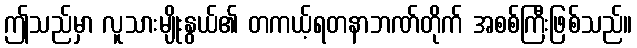
ဤသည်မှာ လူသားမျိုးနွယ်၏ တကယ့်ရတနာဘဏ်တိုက် အစစ်ကြီးဖြစ်သည်။